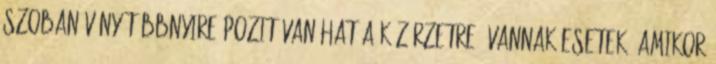
szobanövény többnyire pozitívan hat a közérzetre, vannak esetek, amikor